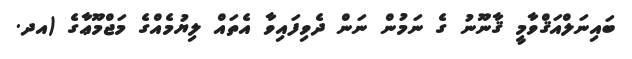
ބައިނަލްއަޤްވާމީ ޤާނޫނު ގެ ނަމުން ނަން ދެވިފައިވާ އެތައް ލިޔުމެއްގެ މަޖްމޫޢާގެ (އދ.